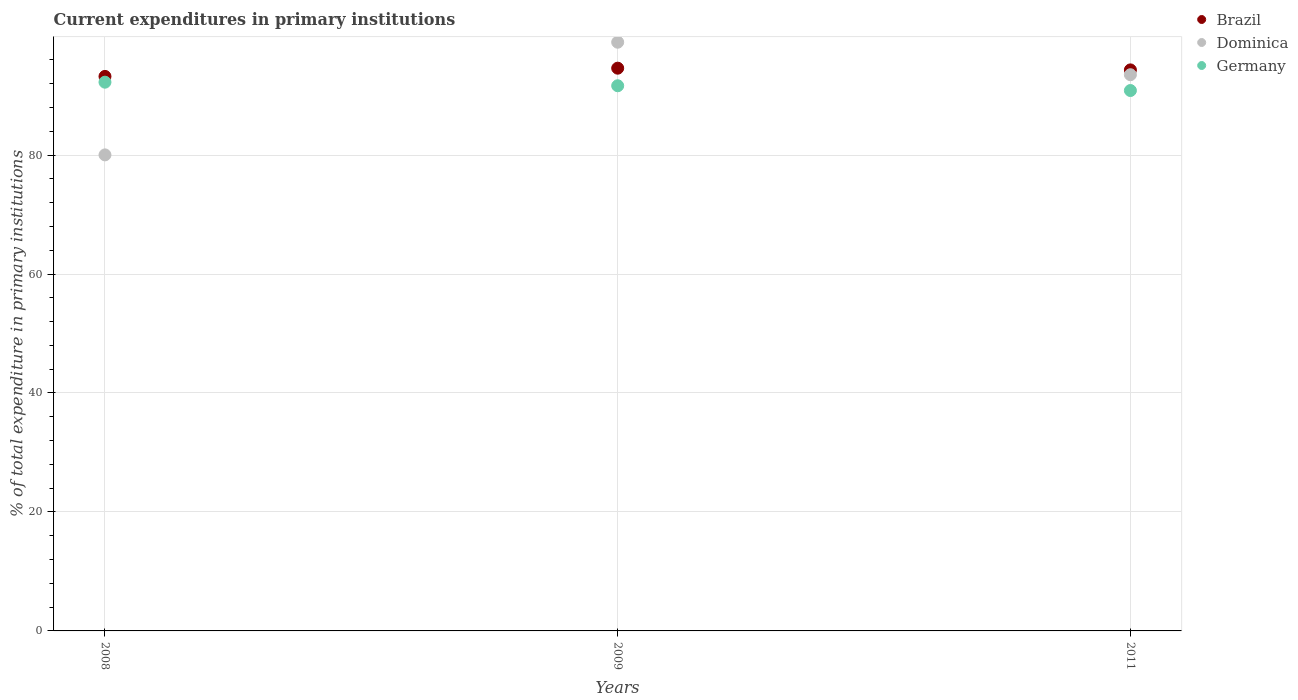
| Years | Brazil | Dominica | Germany |
 | --- | --- | --- | --- |
 | 2008 | 93.2 | 80 | 92.3 |
 | 2009 | 94.6 | 99 | 91.7 |
 | 2011 | 94.3 | 93.5 | 90.8 |